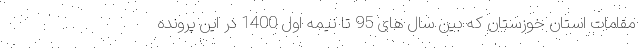
مقامات استان خوزستان که بین سال های 95 تا نیمه اول 1400 در این پرونده